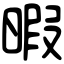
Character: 暇